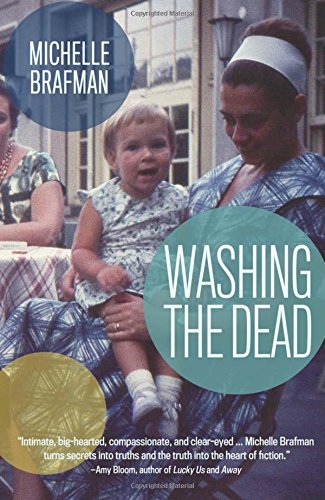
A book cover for Washing the Dead; Michelle Brafman; Literature & Fiction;